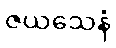
ဇယသေနံ